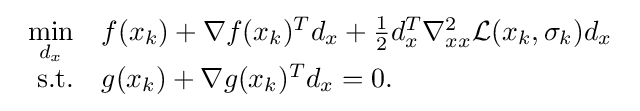
{\begin{array}{rl}\min \limits _{d_{x}}&f(x_{k})+\nabla f(x_{k})^{T}d_{x}+{\frac {1}{2}}d_{x}^{T}\nabla _{xx}^{2}{\mathcal {L}}(x_{k},\sigma _{k})d_{x}\\\mathrm {s.t.} &g(x_{k})+\nabla g(x_{k})^{T}d_{x}=0.\end{array}}